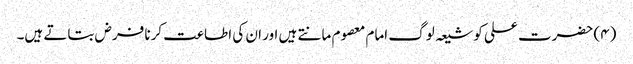
(۴) حضرت علی کو شیعہ لوگ امام معصوم مانتے ہیں اور ان کی اطاعت کرنا فرض بتاتے ہیں۔